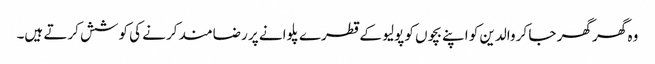
وہ گھر گھر جا کر والدین کو اپنے بچوں کو پولیو کے قطرے پلوانے پر رضامند کرنے کی کوشش کرتے ہیں۔